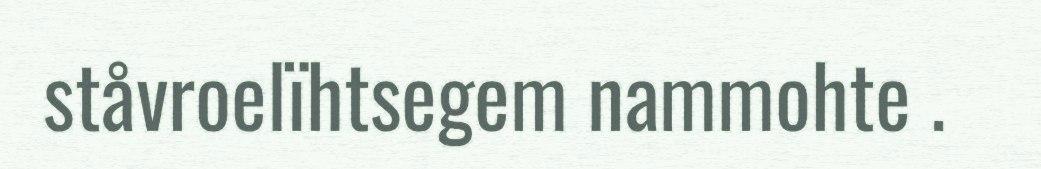
ståvroelïhtsegem nammohte .